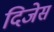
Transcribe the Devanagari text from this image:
दिजेस